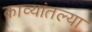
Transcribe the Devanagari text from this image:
काव्यांतल्या